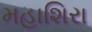
મહાશિરા